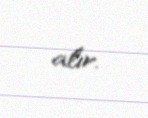
alır.